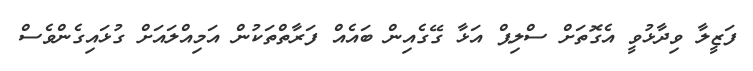
ފަޒީލާ ވިދާޅުވީ އެގޮތަށް ސްލިޕް އަޅާ ގޭގެއިން ބައެއް ފަރާތްތަކުން އަމިއްލައަށް ގުޅައިގެންވެސް